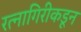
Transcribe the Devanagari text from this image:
रत्नागिरीकडून